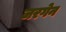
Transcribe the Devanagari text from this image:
जरगेन